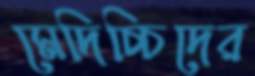
মেদিচ্চিদের